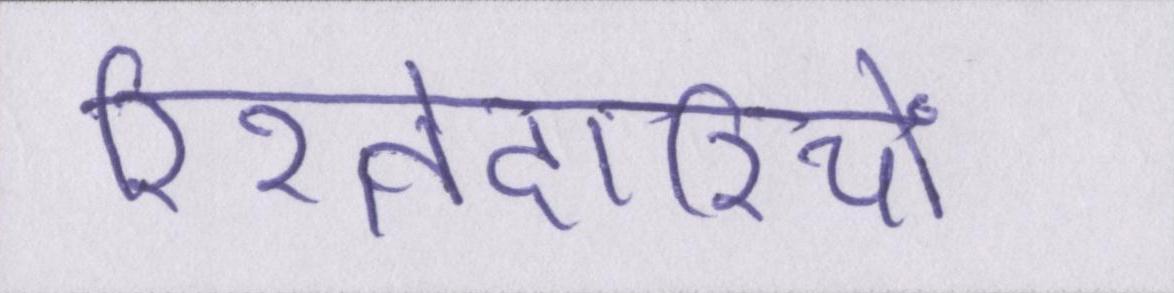
रिश्तेदारियों